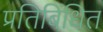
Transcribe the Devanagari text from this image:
प्रतिबिंधित